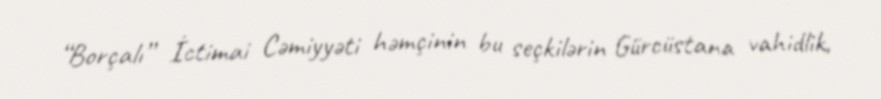
“Borçalı” İctimai Cəmiyyəti həmçinin bu seçkilərin Gürcüstana vahidlik,